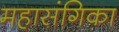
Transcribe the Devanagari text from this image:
महासंगिका